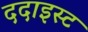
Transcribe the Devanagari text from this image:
ददाइस्ट